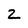
Character: 2